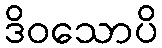
ဒိဝသောပိ